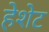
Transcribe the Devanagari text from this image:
हेशेट